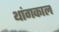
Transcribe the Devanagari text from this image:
थांगकाल